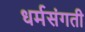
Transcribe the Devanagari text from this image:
धर्मसंगती